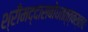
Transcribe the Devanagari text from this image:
श्रीमद्दासबोधतत्त्वस्तवः